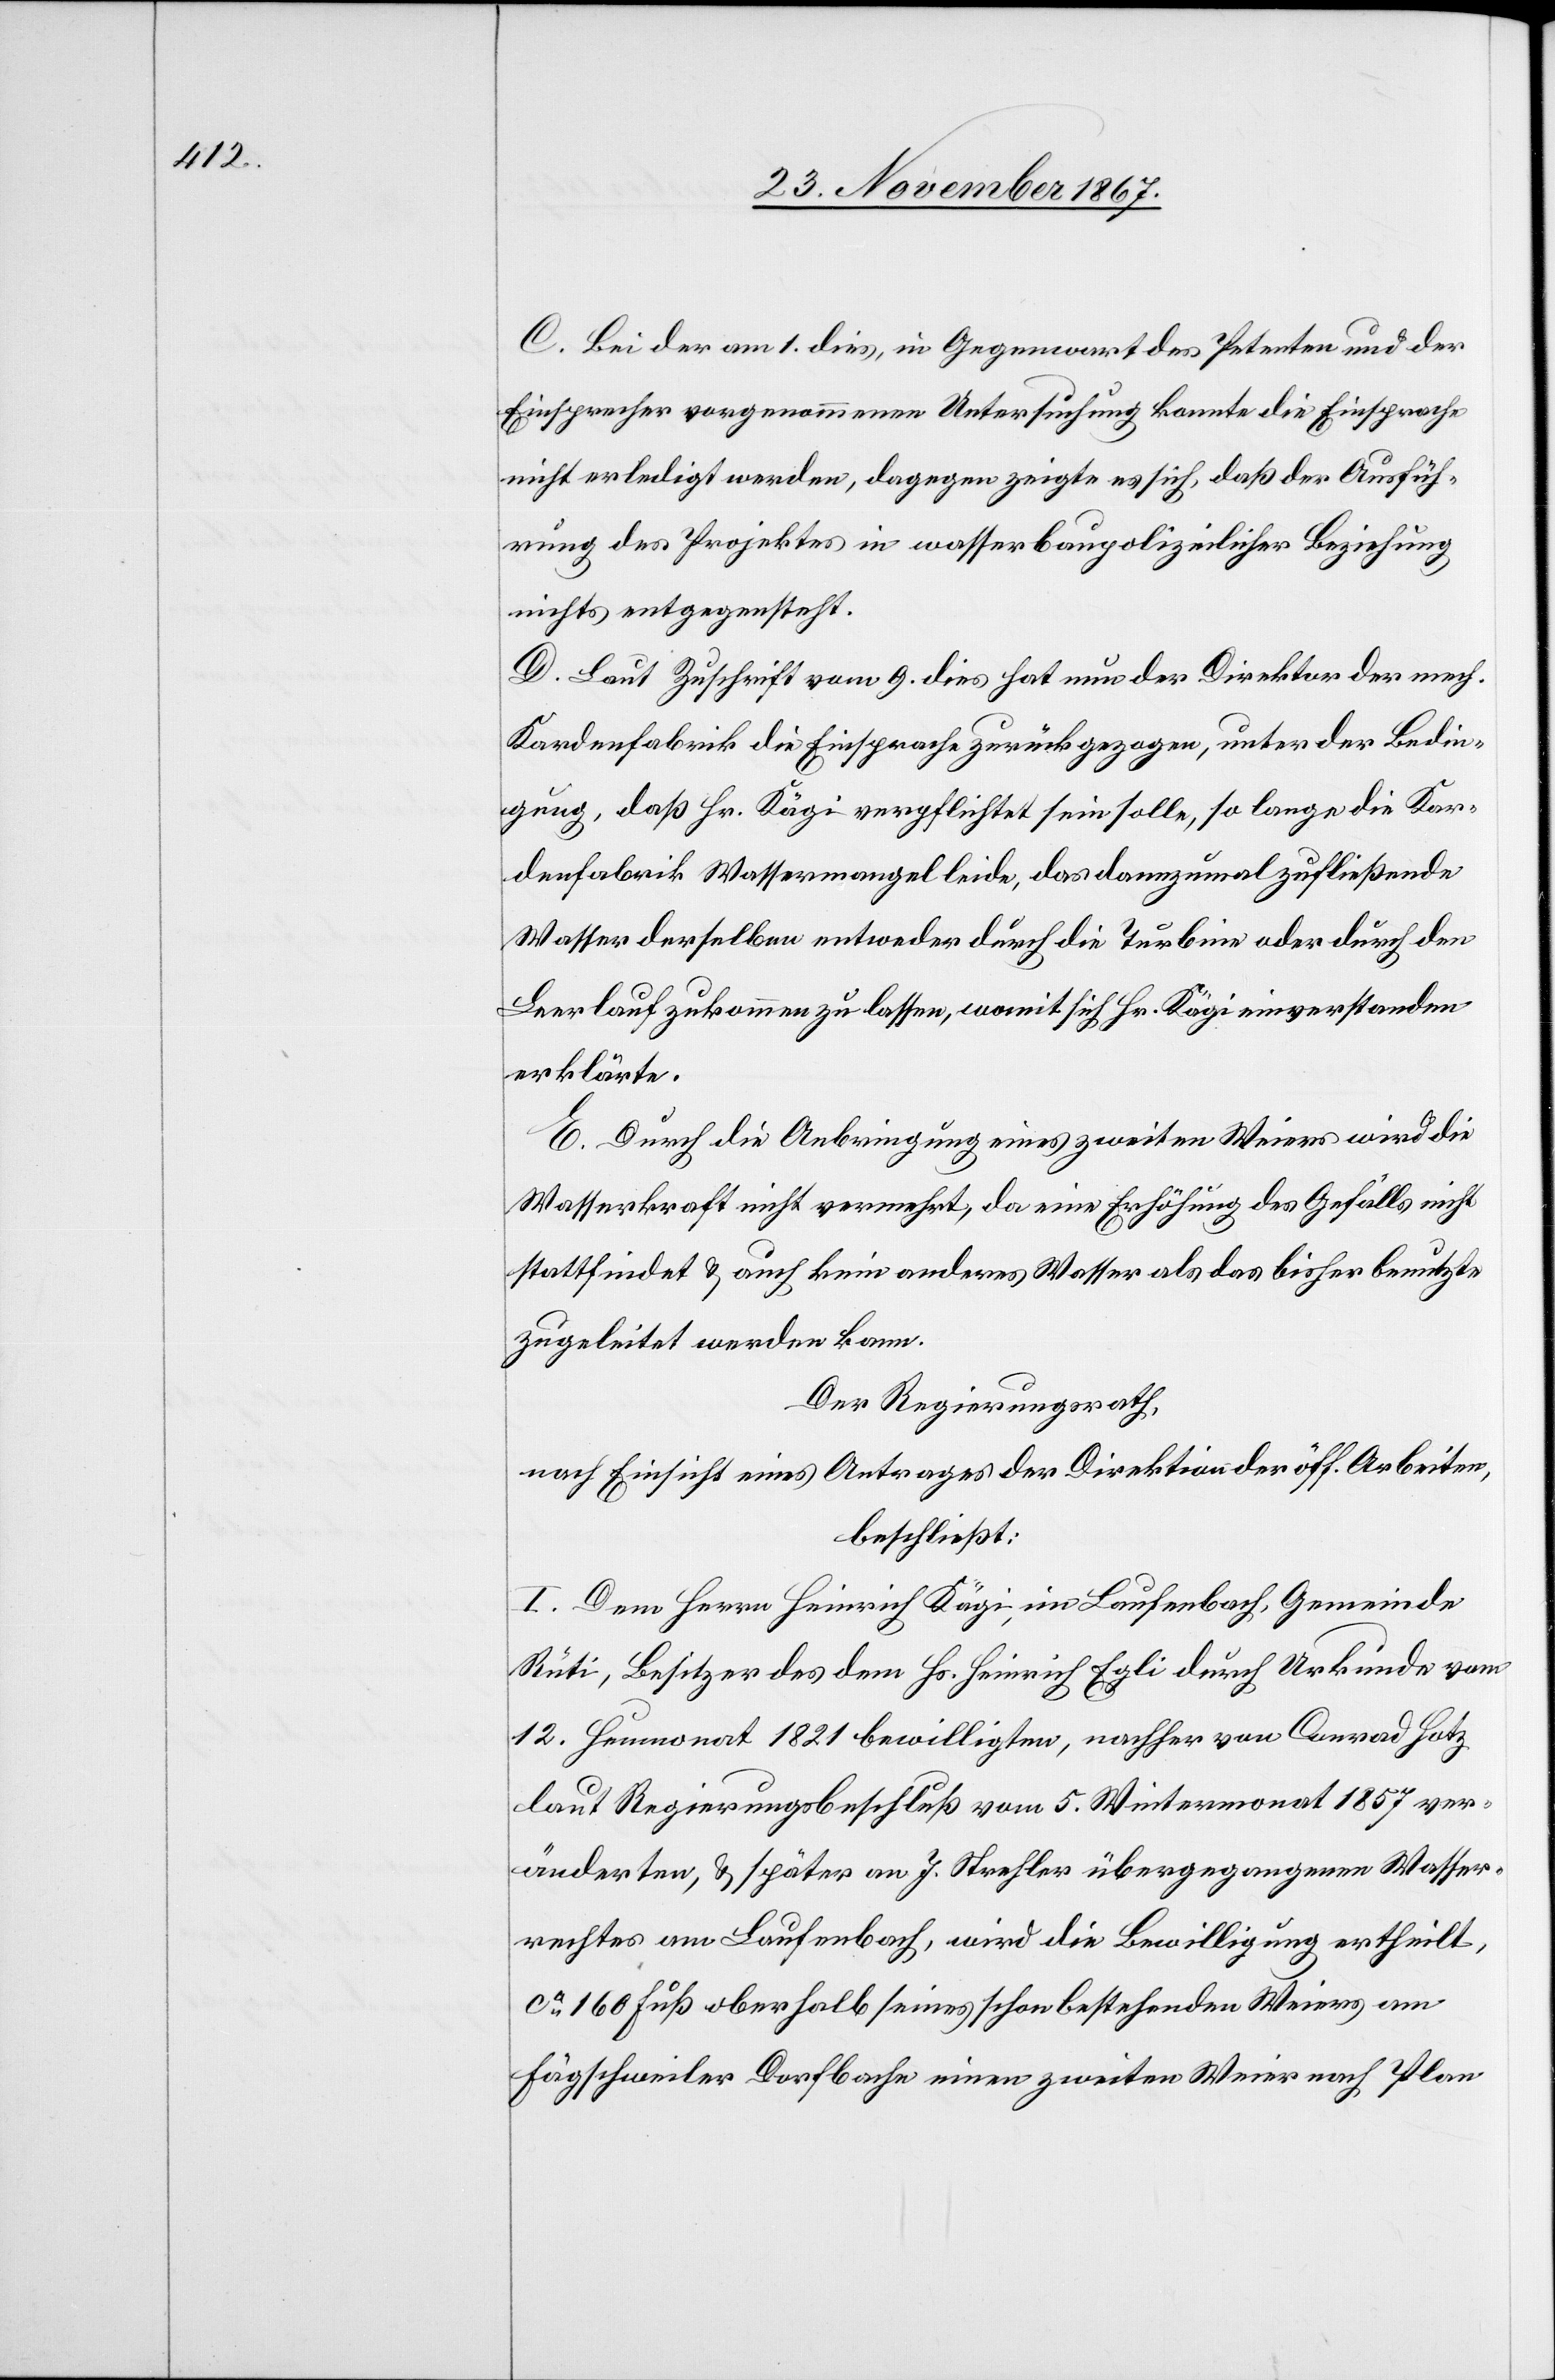
C. Bei der am 1. dies, in Gegenwart des Petenten und der
Einsprecher vorgenommenen Untersuchung konnte die Einsprache
nicht erledigt werden, dagegen zeigte es sich, daß der Ausfüh¬
rung des Projektes in wasserbaupolizeilicher Beziehung
nichts entgegensteht.
D. Laut Zuschrift vom 9. dies hat nun der Direktor der mech.
Kardenfabrik die Einsprache zurückgezogen, unter der Bedin¬
gung, daß Hr. Kägi verpflichtet sein solle, so lange die Kar¬
denfabrik Wassermangel leide, das dannzumal zufließende
Wasser derselben entweder durch die Turbine oder durch den
Leerlauf zukommen zu lassen, womit sich Hr. Kägi einverstanden
erklärte.
E. Durch die Anbringung eines zweiten Weiers wird die
Wasserkraft nicht vermehrt, da eine Erhöhung des Gefälls nicht
stattfindet u. auch kein anderes Wasser als das bisher benutzte
zugeleitet werden kann.
Der Regierungsrath,
nach Einsicht eines Antrages der Direktion der öff. Arbeiten,
beschließt:
I. Dem Herrn Heinrich Kägi, in Laufenbach, Gemeinde
Rüti, Besitzer des dem Hs. Heinrich Egli durch Urkunde vom
12. Heumonat 1821 bewilligten, nachher von Conrad Hotz
laut Regierungsbeschluß vom 5. Wintermonat 1857 ver¬
änderten, u. später an J. Strehler übergegangenen Wasser¬
rechtes am Laufenbach, wird die Bewilligung ertheilt,
ca. 160 Fuß oberhalb seines schon bestehenden Weiers am
Fägschweiler Dorfbache einen zweiten Weier nach Plan